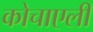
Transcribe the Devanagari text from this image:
कोचाएली